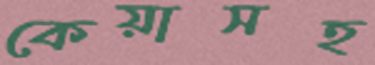
কেয়াসহ